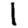
Digit: 1